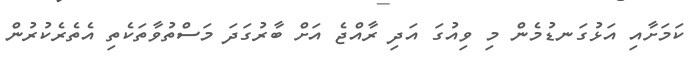
ކަމަށާއި އަޅުގަނޑުމެން މި ވިއުގަ އަދި ރާއްޖެ އަށް ބާރުގަދަ މަސްތުވާތަކެތި އެތެރެކުރުން